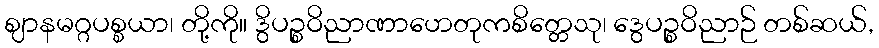
ဈာနမဂ္ဂပစ္စယာ၊ တို့ကို။ ဒွိပဉ္စဝိညာဏာဟေတုကစိတ္တေသု၊ ဒွေပဉ္စဝိညာဉ် တစ်ဆယ်,